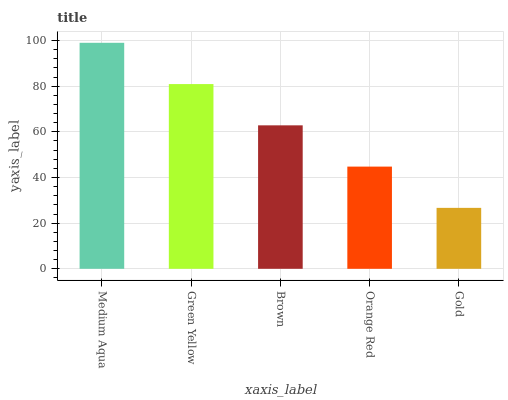
| xaxis_label | bars |
 | --- | --- |
 | Medium Aqua | 99 |
 | Green Yellow | 80.9 |
 | Brown | 62.8 |
 | Orange Red | 44.8 |
 | Gold | 26.7 |